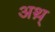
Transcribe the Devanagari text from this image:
अथ़्